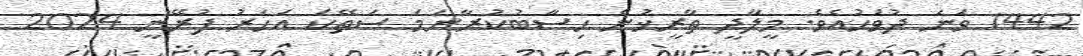
1442 ވަނަ ދުވަހުއެވެ. މީލާދީ ތާރީޚުން ހިސާބުކުރާނަމަ ސަތޭކަ އަހަރު ފުރޭނީ 2024